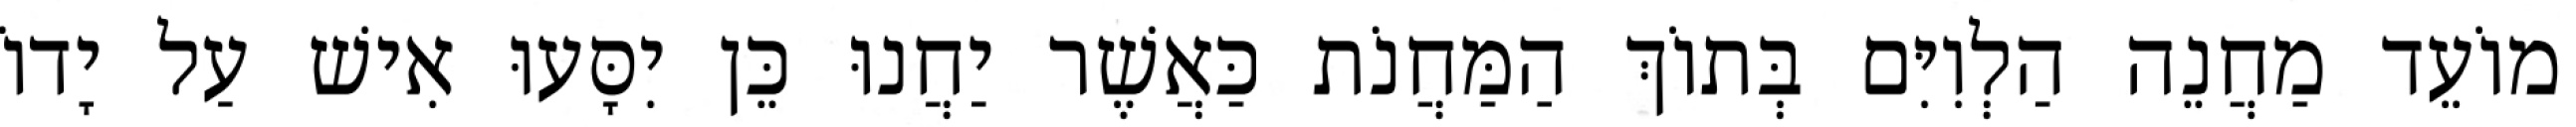
מוֹעֵד מַחֲנֵה הַלְוִיִּם בְּתוֹךְ הַמַּחֲנֹת כַּאֲשֶׁר יַחֲנוּ כֵּן יִסָּעוּ אִישׁ עַל יָדוֹ